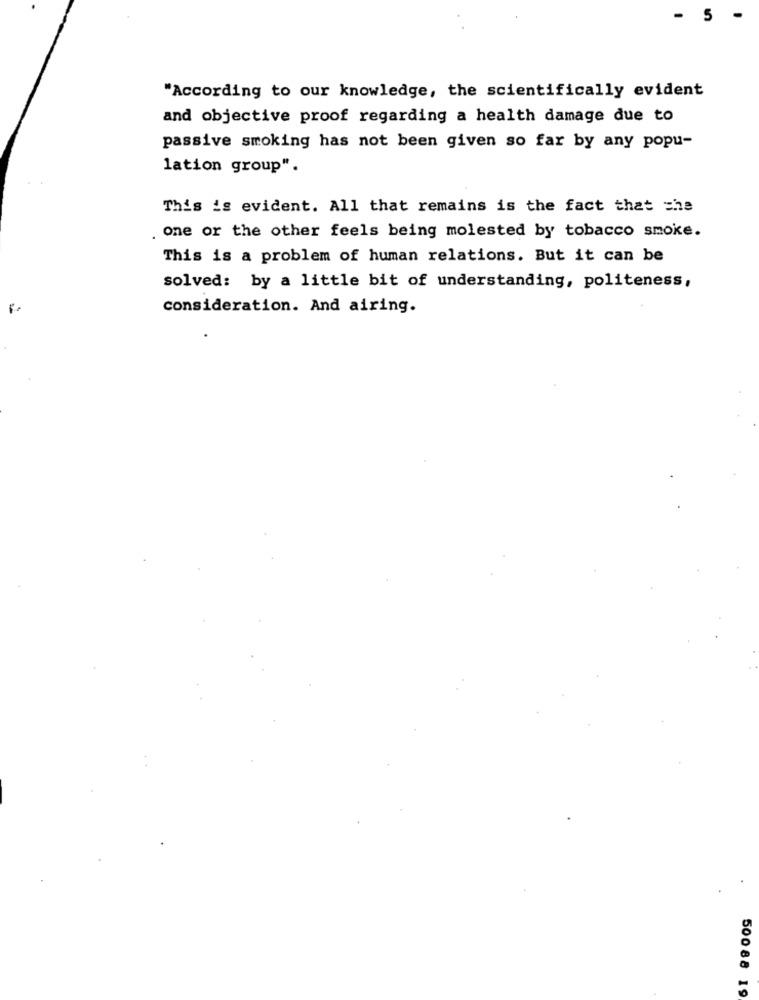
- 5
"According to our knowledge, the scientifically evident
and objective proof regarding a health damage due to
passive smoking has not been given so far by any popu-
lation group".
This is evident. All that remains is the fact that che
one or the other feels being molested by tobacco smoke.
This is a problem of human relations. But it can be
solved: by a little bit of understanding, politeness,
consideration. And airing.
50088 19